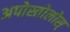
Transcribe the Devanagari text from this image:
अपोस्तोलोस्